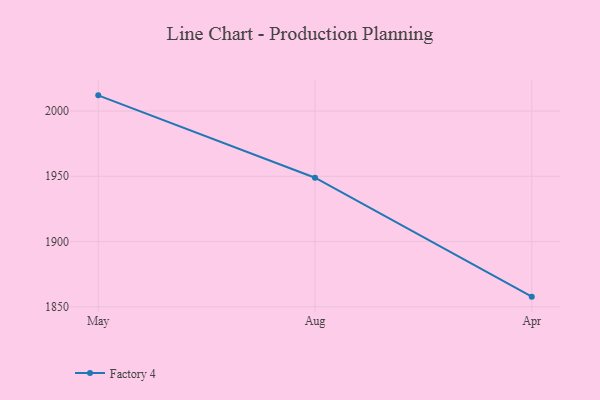
{"axis": {"x": "Month", "y": "Operating Costs (USD K)"}, "legend": ["Factory 4"], "data": [{"x": "May", "y": 2012.0, "type": "Factory 4"}, {"x": "Aug", "y": 1948.9, "type": "Factory 4"}, {"x": "Apr", "y": 1857.8, "type": "Factory 4"}]}